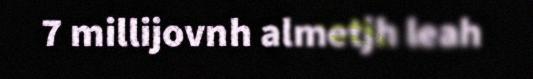
7 millijovnh almetjh leah